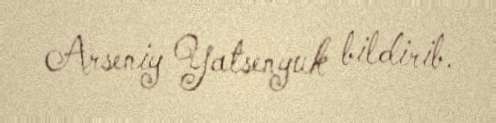
Arseniy Yatsenyuk bildirib.